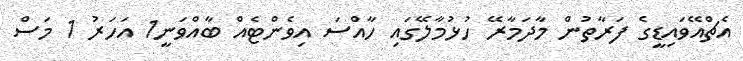
އެޗްއޭވައިޑީގެ ފަރާތުން މާދަމާރޭ ހުޅުމާލޭގައި ހާއްސަ އިވެންޓެއް ބާއްވަނީ1 އަހަރު 1 މަސް